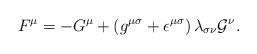
\begin{align*}F^{\mu}=-G^{\mu}+\left(g^{{\mu}{\sigma}}+{\epsilon}^{{\mu}{\sigma}}\right){\lambda}_{{\sigma}{\nu}}{\cal G}^{\nu}.\end{align*}